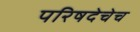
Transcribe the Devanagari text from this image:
परिषदेचेच